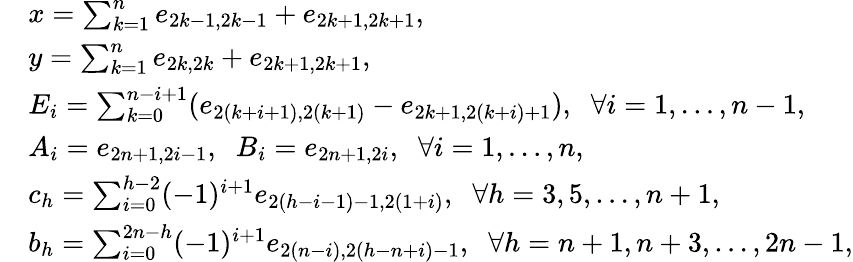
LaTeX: \begin{array}{rl}&{x=\sum_{k=1}^{n}e_{2k-1,2k-1}+e_{2k+1,2k+1},\; \; }\\ &{y=\sum_{k=1}^{n}e_{2k,2k}+e_{2k+1,2k+1},}\\ &{E_{i}=\sum_{k=0}^{n-i+1}(e_{2(k+i+1),2(k+1)}-e_{2k+1,2(k+i)+1}),\; \; \forall i=1,\ldots,n-1,}\\ &{A_{i}=e_{2n+1,2i-1},\; \; B_{i}=e_{2n+1,2i},\; \; \forall i=1,\ldots,n,}\\ &{c_{h}=\sum_{i=0}^{h-2}(-1)^{i+1}e_{2(h-i-1)-1,2(1+i)},\; \; \forall h=3,5,\ldots,n+1,}\\ &{b_{h}=\sum_{i=0}^{2n-h}(-1)^{i+1}e_{2(n-i),2(h-n+i)-1},\; \; \forall h=n+1,n+3,\ldots,2n-1,}\end{array}